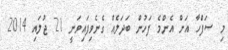
މި ޞަފްހާ އަށް އެންމެ ފަހުން ބަދަލެއް ގެނެވިފައިވަނީ 21 ޖުލައި 2014